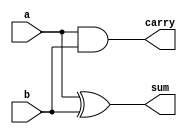
module jhalfadder(sum,carry,a,b);
	output sum,carry;
	input a,b;
	
	assign sum = a^b;
	assign carry = a&b;
	
endmodule